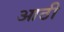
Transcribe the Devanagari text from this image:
आठी